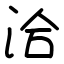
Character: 洽